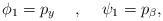
LaTeX: \begin{align*}\phi_1=p_y\hspace{5mm},\hspace{5mm}\psi_1=p_\beta, \end{align*}